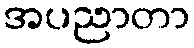
အပညာတာ